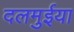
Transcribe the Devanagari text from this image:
दलमुईया